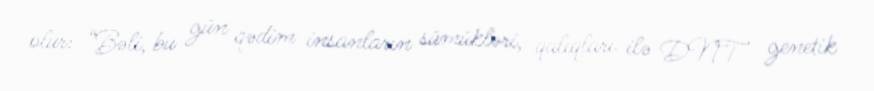
olur: “Bəli, bu gün qədim insanların sümükləri, qalıqları ilə DNT genetik